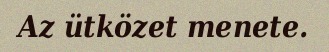
Az ütközet menete.